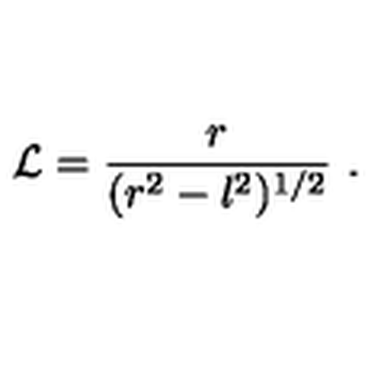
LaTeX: { \cal L } = \frac { r } { ( r ^ { 2 } - l ^ { 2 } ) ^ { 1 / 2 } } \ .